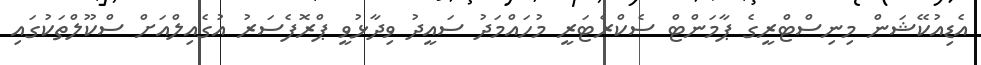
އެޑިއުކޭޝަން މިނިސްޓްރީގެ ޕާމަންޓް ސެކްރެޓަރީ މުހައްމަދު ސައީދު ވިދާޅުވީ ޕްރޮފެސަރު އުގެއިލްއަށް ސްކޫލްތަކުގައި